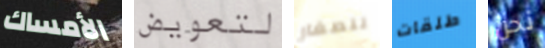
الأمساك لتعويض للصغار طلقات نحن